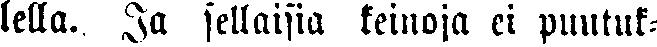
lella. Ja sellaisia keinoja ei puutuk-